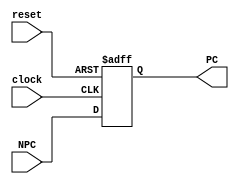
// reset or update pc
module pc (NPC, clock, reset, PC);

    input   [31:0] NPC;     // npc
    input          clock;     // clock signal
    input          reset;     // reset
    output  [31:0] PC;

    reg     [31:0] PC;      // assign as a register

    parameter initial_address = 32'h0000_3000;

    always @(posedge clock or posedge reset) 
    begin
        if (reset)
            PC <= initial_address;
        else
            PC <= NPC;
    end

endmodule //pc